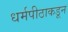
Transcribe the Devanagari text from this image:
धर्मपीठाकडून